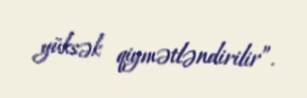
yüksək qiymətləndirilir”.